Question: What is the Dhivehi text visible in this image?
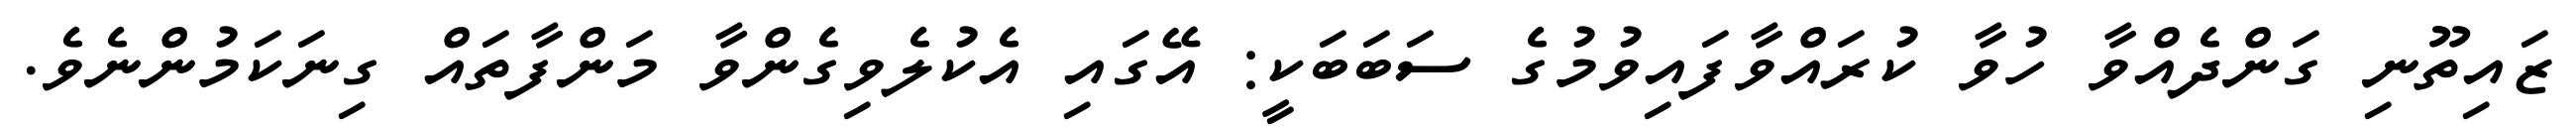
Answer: ޒައިތޫނި ގަންދެއްވާ ހުވާ ކުރައްވާފައިވުމުގެ ސަބަބަކީ: އޭގައި އެކުލެވިގެންވާ މަންފާތައް ގިނަކަމުންނެވެ.